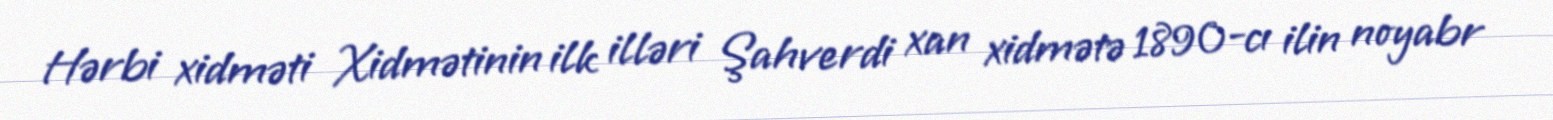
Hərbi xidməti Xidmətinin ilk illəri Şahverdi xan xidmətə 1890-cı ilin noyabr